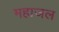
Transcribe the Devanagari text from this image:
महाजल